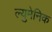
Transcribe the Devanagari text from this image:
ल्युमेनिक